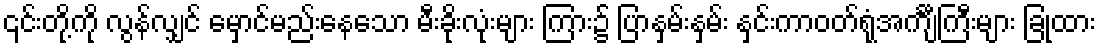
၎င်းတို့ကို လွန်လျှင် မှောင်မည်းနေသော မီးခိုးလုံးများ ကြား၌ ပြာနှမ်းနှမ်း နှင်းကာဝတ်ရုံအင်္ကျီကြီးများ ခြုံထား